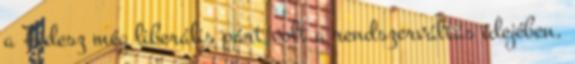
a Fidesz még liberális párt volt a rendszerváltás idejében.